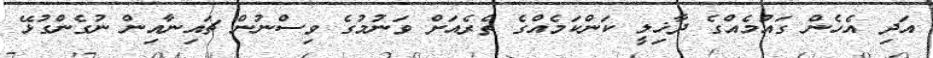
އަދި އެހެން ގައުމެއްގެ ދާޚިލީ ކަންކަމެއްގެ ތެރެއަށް ވަނުމުގެ ވިސްނުން ޗައިނާއިން ނުގެންގުޅޭ